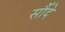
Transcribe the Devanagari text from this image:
सौंदे